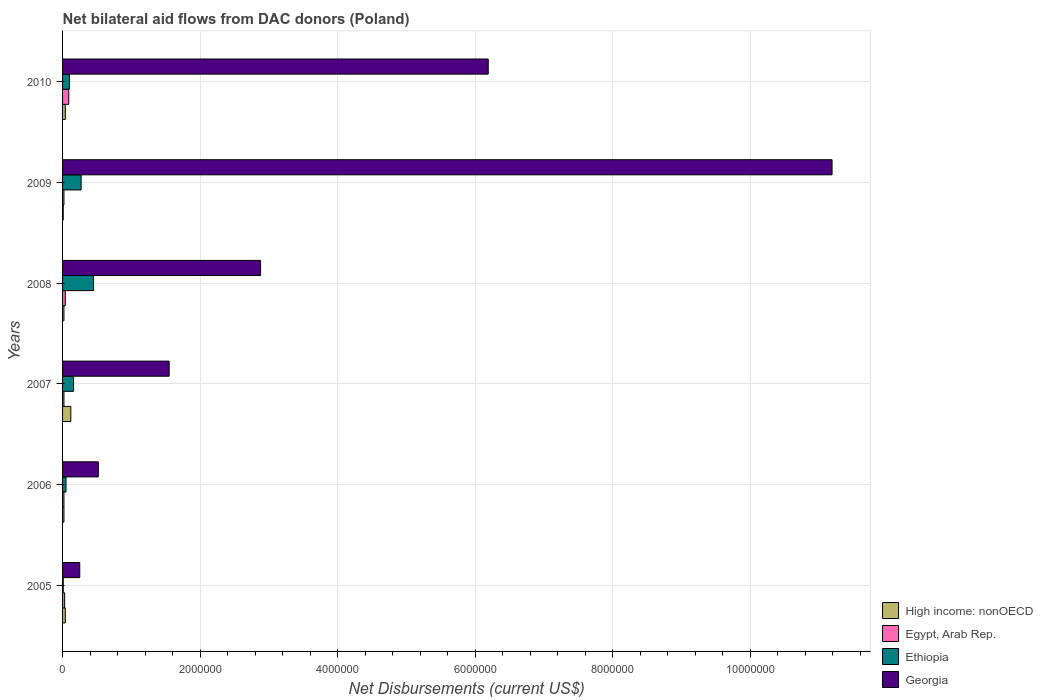
| Years | High income: nonOECD | Egypt, Arab Rep. | Ethiopia | Georgia |
 | --- | --- | --- | --- | --- |
 | 2005 | 4e+04 | 3e+04 | 1e+04 | 2.5e+05 |
 | 2006 | 2e+04 | 2e+04 | 5e+04 | 5.2e+05 |
 | 2007 | 1.2e+05 | 2e+04 | 1.6e+05 | 1.55e+06 |
 | 2008 | 2e+04 | 4e+04 | 4.5e+05 | 2.88e+06 |
 | 2009 | 1e+04 | 2e+04 | 2.7e+05 | 1.12e+07 |
 | 2010 | 4e+04 | 9e+04 | 1e+05 | 6.19e+06 |